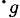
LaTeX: \cdot_{g}